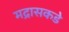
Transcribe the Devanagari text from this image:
मद्रासकडे